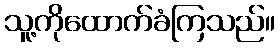
သူ့ကိုထောက်ခံကြသည်။